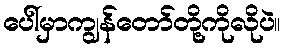
ပေါ်မှာကျွန်တော်တို့ကိုလိုပဲ။